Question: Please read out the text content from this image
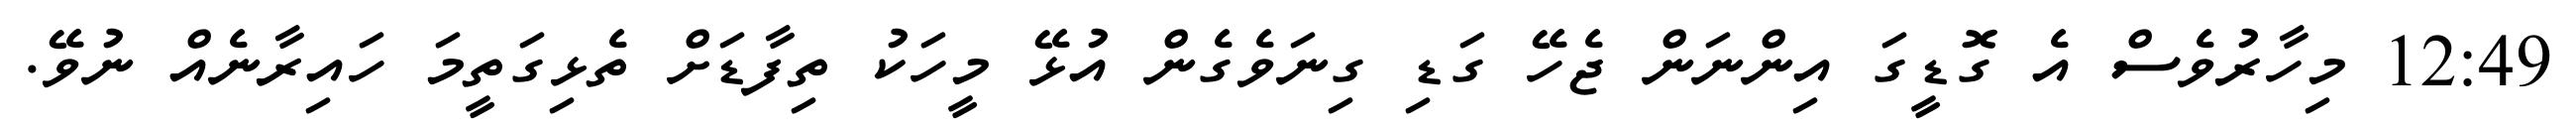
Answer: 12:49 މިހާރުވެސް އެ ގޮޑީގަ އިންނަން ޖެހޭ ގަޑި ގިނަވެގެން އުޅޭ މީހަކު ތިފާޑަށް ތެޅިގަތީމަ ހައިރާނެއް ނުވޭ.